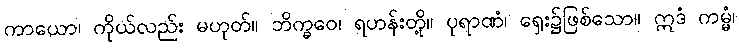
ကာယော၊ ကိုယ်လည်း မဟုတ်။ ဘိက္ခဝေ၊ ရဟန်းတို့။ ပုရာဏံ၊ ရှေး၌ဖြစ်သော။ ဣဒံ ကမ္မံ၊